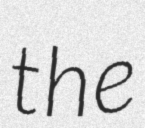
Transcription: the